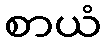
စာယံ